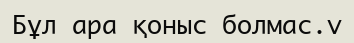
Бұл ара қоныс болмас.v